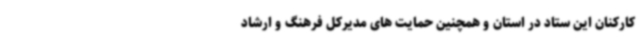
کارکنان این ستاد در استان و همچنین حمایت های مدیرکل فرهنگ و ارشاد